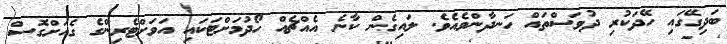
ބަދިގޭގައި ހޭދަކުރި ދުވަސްތައް ހަނދާންވެއެވެ. ލައިގެން ކާނެ އެއްޗެއް ހޯދުމަށްޓަކައި އަވަށްޓެރިންގެ ގެއަށްގޮސް